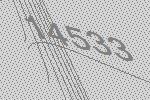
14533